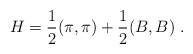
\begin{align*} H = \frac{1}{2}(\pi,\pi) + \frac{1}{2}(B,B) \;.\end{align*}